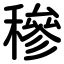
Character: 穇